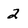
Character: 2